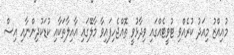
މުއިއްޒު މިއަދު ކުރެއްވި ޓުވީޓެއްގައި ވިދާޅުވީ ތޮއްޖެހިފައިވާ މާލޭގައި އާއިލާތަކާއި ކުޑަކުދިންނާއި އިސް